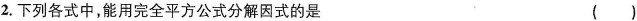
2. 下列各式中，能用完全平方公式分解因式的是 （）